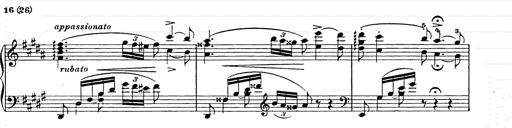
Title: Ballade No.2
Composer: Jan Skrzydlewski
Key: B minor